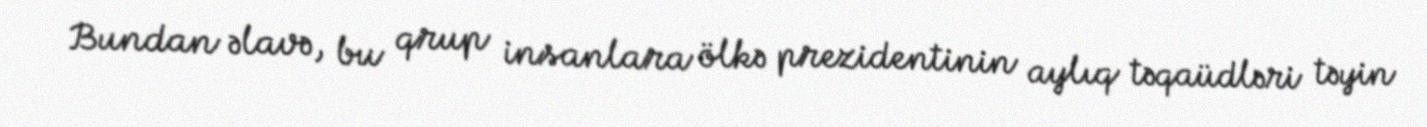
Bundan əlavə, bu qrup insanlara ölkə prezidentinin aylıq təqaüdləri təyin